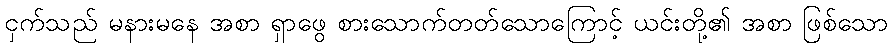
ငှက်သည် မနားမနေ အစာ ရှာဖွေ စားသောက်တတ်သောကြောင့် ယင်းတို့၏ အစာ ဖြစ်သော